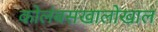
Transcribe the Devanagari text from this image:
कोलंबसखालोखाल